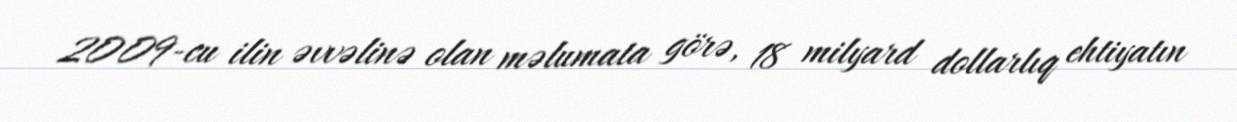
2009-cu ilin əvvəlinə olan məlumata görə, 18 milyard dollarlıq ehtiyatın